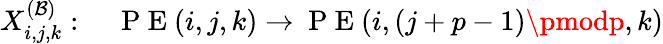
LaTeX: X_{i,j,k}^{(\mathcal{B})}:\quad\mathrm{{~P~E~}}(i,j,k)\rightarrow\mathrm{{~P~E~}}(i,(j+p-1)\pmodp,k)